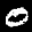
Label: 0